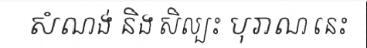
សំណង់ និង សិល្បះ បុរាណ នេះ